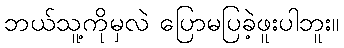
ဘယ်သူ့ကိုမှလဲ ပြောမပြခဲ့ဖူးပါဘူး။